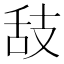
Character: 𦧉